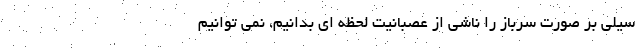
سیلی بر صورت سرباز را ناشی از عصبانیت لحظه ای بدانیم، نمی توانیم